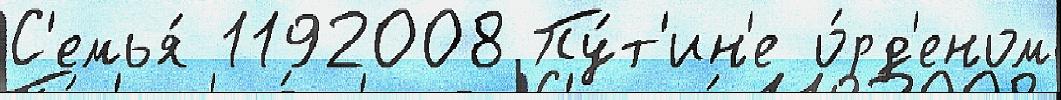
С'емья́ 1192008 Пу́т'ин'е о́рд'еном